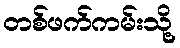
တစ်ဖက်ကမ်းသို့